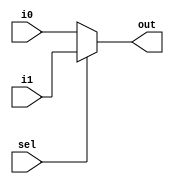
module mux32two(i0,i1,sel,out);
  input [31:0] i0,i1;
  input sel;
  output [31:0] out;
  assign out = sel ? i1 : i0;
endmodule

module add32(i0,i1,sum);
  input [31:0] i0,i1;
  output [31:0] sum;
  assign sum = i0 + i1;
endmodule

module sub32(i0,i1,diff);
  input [31:0] i0,i1;
  output [31:0] diff;
  assign diff = i0 - i1;
endmodule

module mul16(i0,i1,prod);
  input [15:0] i0,i1;
  output [31:0] prod;
  // this is a magnitude multiplier
  // signed arithmetic later
  assign prod = i0 * i1;
endmodule

module mux32three(i0,i1,i2,sel,out);
  input [31:0] i0,i1,i2;
  input [1:0] sel;
  output [31:0] out;
  reg [31:0] out;
  always @ (i0 or i1 or i2 or sel)
  begin
    case (sel)
      2'b00: out = i0;
      2'b01: out = i1;
      2'b10: out = i2;
      default: out = 32'bx;
    endcase
  end
endmodule

module alu(a, b, f, r);
  input [31:0] a, b;
  input [2:0] f;
  output [31:0] r;
  wire [31:0] addmux_out, submux_out;
  wire [31:0] add_out, sub_out, mul_out;
  mux32two adder_mux(.i0(b), .i1(32'd1), .sel(f[0]), .out(addmux_out));
  mux32two sub_mux(.i0(b), .i1(32'd1), .sel(f[0]), .out(submux_out));
  add32 our_adder(.i0(a), .i1(addmux_out), .sum(add_out));
  sub32 our_subtracter(.i0(a), .i1(submux_out), .diff(sub_out));
  mul16 our_multiplier(.i0(a[15:0]), .i1(b[15:0]), .prod(mul_out));
  mux32three output_mux(.i0(add_out), .i1(sub_out), .i2(mul_out), .sel(f[2:1]), .out(r));
endmodule